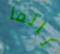
نائما